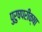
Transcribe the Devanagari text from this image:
पुरुषपरीक्षा